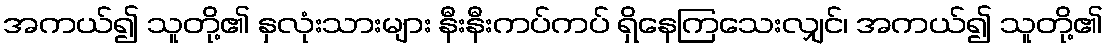
အကယ်၍ သူတို့၏ နှလုံးသားများ နီးနီးကပ်ကပ် ရှိနေကြသေးလျှင်၊ အကယ်၍ သူတို့၏